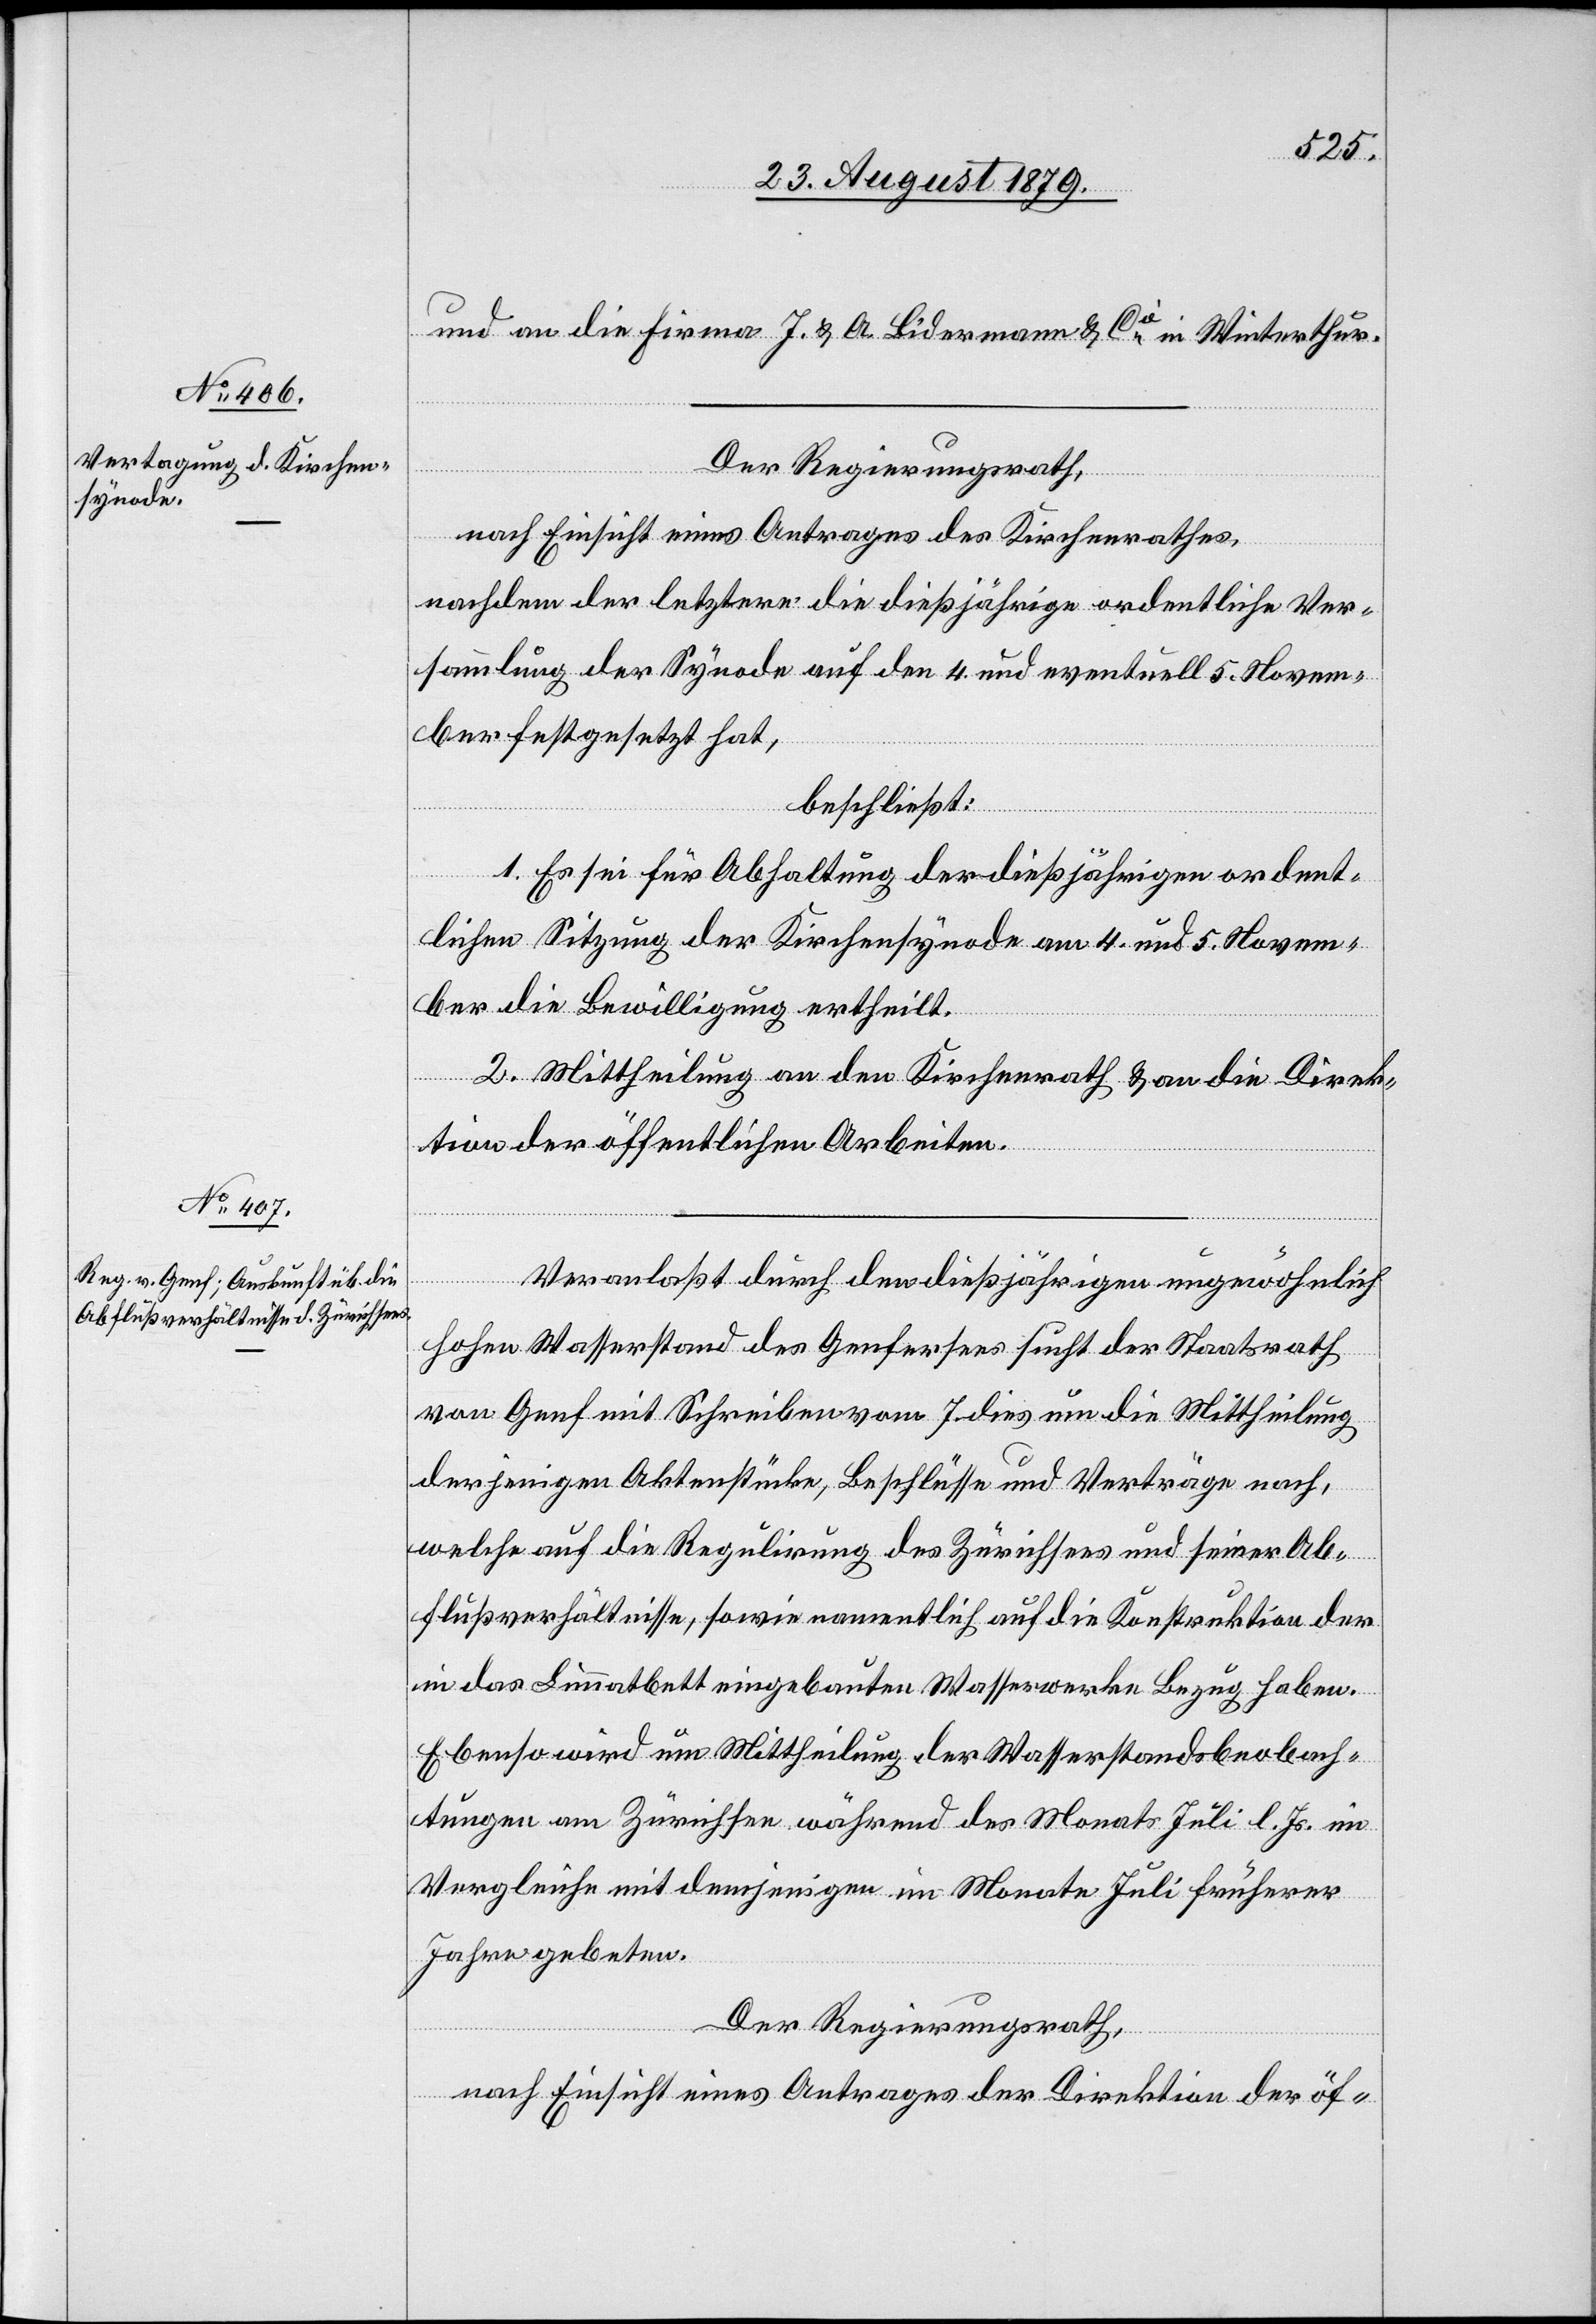
und an die Firma J. & A. Bidermann & Cie in Winterthur.
Der Regierungsrath,
nach Einsicht eines Antrages des Kirchenrathes,
nachdem der letztere die dießjährige ordentliche Ver¬
sammlung der Synode auf den 4. und eventuell 5. Novem¬
ber festgesetzt hat,
beschließt:
1. Es sei für Abhaltung der dießjährigen ordent¬
lichen Sitzung der Kirchensynode am 4. und 5. Novem¬
ber die Bewilligung ertheilt.
2. Mittheilung an den Kirchenrath & an die Direk¬
tion der öffentlichen Arbeiten.
Veranlaßt durch den dießjährigen ungewöhnlich
hohen Wasserstand des Genfersees sucht der Staatsrath
von Genf mit Schreiben vom 7. dies um die Mittheilung
derjenigen Aktenstücke, Beschlüsse und Verträge nach,
welche auf die Regulirung des Zürichsees und seiner Ab¬
flußverhältnisse, sowie namentlich auf die Konstruktion der
in das Limmatbett eingebauten Wasserwerke Bezug haben.
Ebenso wird um Mittheilung der Wasserstandsbeobach¬
tungen am Zürichsee während des Monats Juli l. Js. im
Vergleiche mit demjenigen im Monate Juli früherer
Jahre gebeten.
Der Regierungsrath,
nach Einsicht eines Antrages der Direktion der öf-